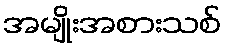
အမျိုးအစားသစ်